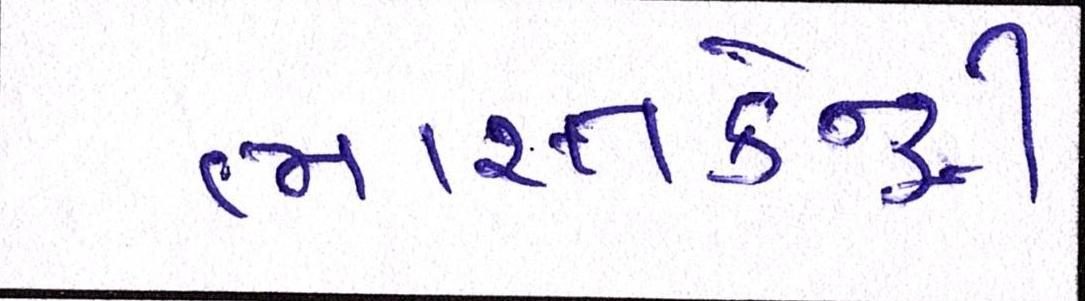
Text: ભારતકેન્દ્રી